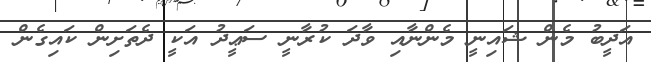
އަދީބު މެން ޝައިނީ މެންނާއި ވާދަ ކުރާނީ ސަޢީދު އަކީ ދެތަށިން ކައިގެން